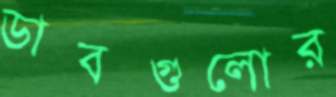
ডাবগুলোর